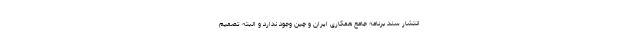
انتشار سند برنامه جامع همکاری ایران و چین وجود ندارد و البته تصمیم